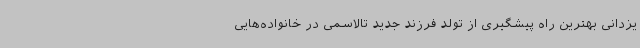
یزدانی بهترین راه پیشگیری از تولد فرزند جدید تالاسمی در خانواده‌هایی